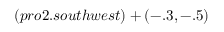
( p r o 2 . s o u t h w e s t ) + ( - . 3 , - . 5 )